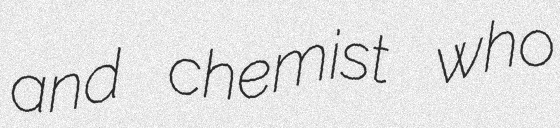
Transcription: and chemist who